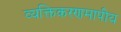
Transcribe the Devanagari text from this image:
व्यक्तिकरणमापीय